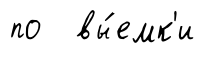
по вы́емк'и